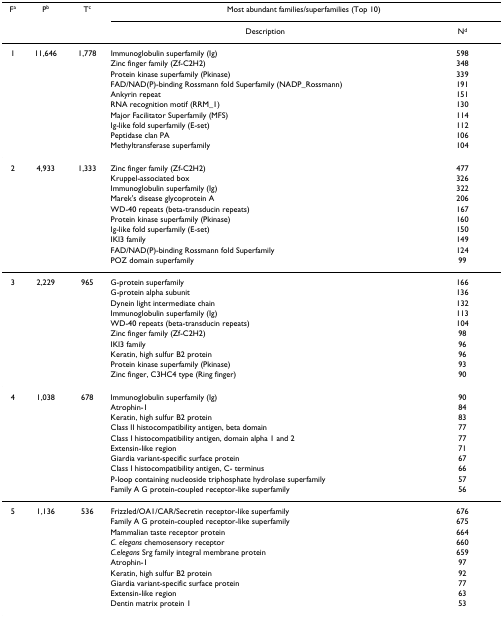
<table><thead><tr><td><b>F<sup>a</sup></b></td><td><b>P<sup>b</sup></b></td><td><b>T<sup>c</sup></b></td><td colspan="2"><b>Most abundant families/superfamilies (Top 10)</b></td></tr><tr><td></td><td></td><td></td><td><b>Description</b></td><td><b>N<sup>d</sup></b></td></tr></thead><tbody><tr><td>1</td><td>11,646</td><td>1,778</td><td>Immunoglobulin superfamily (Ig)</td><td>598</td></tr><tr><td></td><td></td><td></td><td>Zinc finger family (Zf-C2H2)</td><td>348</td></tr><tr><td></td><td></td><td></td><td>Protein kinase superfamily (Pkinase)</td><td>339</td></tr><tr><td></td><td></td><td></td><td>FAD/NAD(P)-binding Rossmann fold Superfamily (NADP_Rossmann)</td><td>191</td></tr><tr><td></td><td></td><td></td><td>Ankyrin repeat</td><td>151</td></tr><tr><td></td><td></td><td></td><td>RNA recognition motif (RRM_1)</td><td>130</td></tr><tr><td></td><td></td><td></td><td>Major Facilitator Superfamily (MFS)</td><td>114</td></tr><tr><td></td><td></td><td></td><td>Ig-like fold superfamily (E-set)</td><td>112</td></tr><tr><td></td><td></td><td></td><td>Peptidase clan PA</td><td>106</td></tr><tr><td></td><td></td><td></td><td>Methyltransferase superfamily</td><td>104</td></tr><tr><td>2</td><td>4,933</td><td>1,333</td><td>Zinc finger family (Zf-C2H2)</td><td>477</td></tr><tr><td></td><td></td><td></td><td>Kruppel-associated box</td><td>326</td></tr><tr><td></td><td></td><td></td><td>Immunoglobulin superfamily (Ig)</td><td>322</td></tr><tr><td></td><td></td><td></td><td>Marek&#x27;s disease glycoprotein A</td><td>206</td></tr><tr><td></td><td></td><td></td><td>WD-40 repeats (beta-transducin repeats)</td><td>167</td></tr><tr><td></td><td></td><td></td><td>Protein kinase superfamily (Pkinase)</td><td>160</td></tr><tr><td></td><td></td><td></td><td>Ig-like fold superfamily (E-set)</td><td>150</td></tr><tr><td></td><td></td><td></td><td>IKI3 family</td><td>149</td></tr><tr><td></td><td></td><td></td><td>FAD/NAD(P)-binding Rossmann fold Superfamily</td><td>124</td></tr><tr><td></td><td></td><td></td><td>POZ domain superfamily</td><td>99</td></tr><tr><td>3</td><td>2,229</td><td>965</td><td>G-protein superfamily</td><td>166</td></tr><tr><td></td><td></td><td></td><td>G-protein alpha subunit</td><td>136</td></tr><tr><td></td><td></td><td></td><td>Dynein light intermediate chain</td><td>132</td></tr><tr><td></td><td></td><td></td><td>Immunoglobulin superfamily (Ig)</td><td>113</td></tr><tr><td></td><td></td><td></td><td>WD-40 repeats (beta-transducin repeats)</td><td>104</td></tr><tr><td></td><td></td><td></td><td>Zinc finger family (Zf-C2H2)</td><td>98</td></tr><tr><td></td><td></td><td></td><td>IKI3 family</td><td>96</td></tr><tr><td></td><td></td><td></td><td>Keratin, high sulfur B2 protein</td><td>96</td></tr><tr><td></td><td></td><td></td><td>Protein kinase superfamily (Pkinase)</td><td>93</td></tr><tr><td></td><td></td><td></td><td>Zinc finger, C3HC4 type (Ring finger)</td><td>90</td></tr><tr><td>4</td><td>1,038</td><td>678</td><td>Immunoglobulin superfamily (Ig)</td><td>90</td></tr><tr><td></td><td></td><td></td><td>Atrophin-1</td><td>84</td></tr><tr><td></td><td></td><td></td><td>Keratin, high sulfur B2 protein</td><td>83</td></tr><tr><td></td><td></td><td></td><td>Class II histocompatibility antigen, beta domain</td><td>77</td></tr><tr><td></td><td></td><td></td><td>Class I histocompatibility antigen, domain alpha 1 and 2</td><td>77</td></tr><tr><td></td><td></td><td></td><td>Extensin-like region</td><td>71</td></tr><tr><td></td><td></td><td></td><td>Giardia variant-specific surface protein</td><td>67</td></tr><tr><td></td><td></td><td></td><td>Class I histocompatibility antigen, C- terminus</td><td>66</td></tr><tr><td></td><td></td><td></td><td>P-loop containing nucleoside triphosphate hydrolase superfamily</td><td>57</td></tr><tr><td></td><td></td><td></td><td>Family A G protein-coupled receptor-like superfamily</td><td>56</td></tr><tr><td>5</td><td>1,136</td><td>536</td><td>Frizzled/OA1/CAR/Secretin receptor-like superfamily</td><td>676</td></tr><tr><td></td><td></td><td></td><td>Family A G protein-coupled receptor-like superfamily</td><td>675</td></tr><tr><td></td><td></td><td></td><td>Mammalian taste receptor protein</td><td>664</td></tr><tr><td></td><td></td><td></td><td><i>C. elegans </i>chemosensory receptor</td><td>660</td></tr><tr><td></td><td></td><td></td><td><i>C.elegans </i>Srg family integral membrane protein</td><td>659</td></tr><tr><td></td><td></td><td></td><td>Atrophin-1</td><td>97</td></tr><tr><td></td><td></td><td></td><td>Keratin, high sulfur B2 protein</td><td>92</td></tr><tr><td></td><td></td><td></td><td>Giardia variant-specific surface protein</td><td>77</td></tr><tr><td></td><td></td><td></td><td>Extensin-like region</td><td>63</td></tr><tr><td></td><td></td><td></td><td>Dentin matrix protein 1</td><td>53</td></tr></tbody></table>